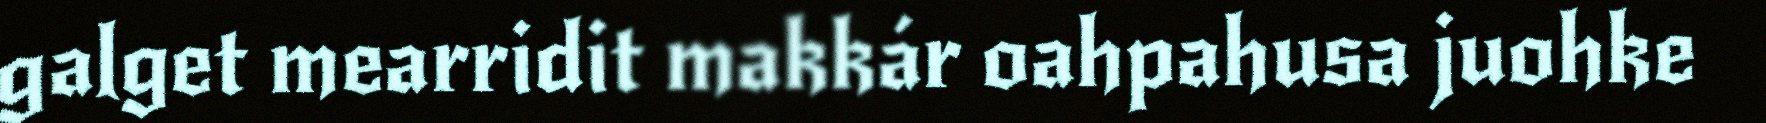
galget mearridit makkár oahpahusa juohke